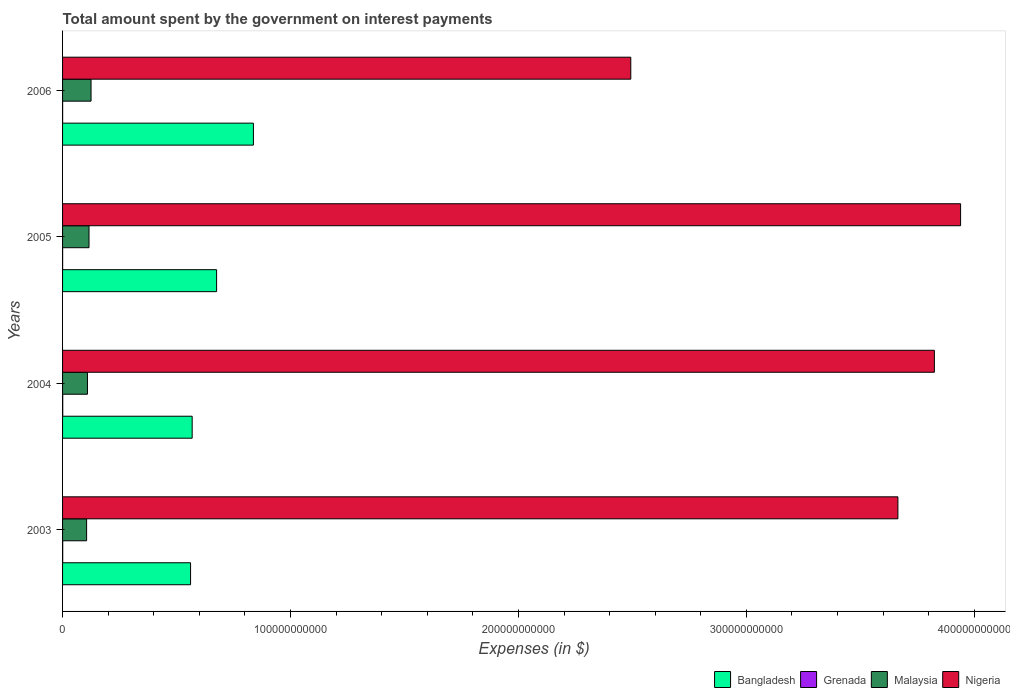
| Years | Bangladesh | Grenada | Malaysia | Nigeria |
 | --- | --- | --- | --- | --- |
 | 2003 | 5.62e+10 | 6.31e+07 | 1.05e+10 | 3.66e+11 |
 | 2004 | 5.69e+10 | 7.18e+07 | 1.09e+10 | 3.82e+11 |
 | 2005 | 6.76e+10 | 2.78e+07 | 1.16e+10 | 3.94e+11 |
 | 2006 | 8.37e+10 | 2.9e+07 | 1.25e+10 | 2.49e+11 |